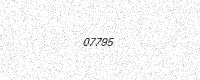
Text: 07795